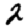
Digit: 2